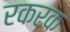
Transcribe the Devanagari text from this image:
रकरक